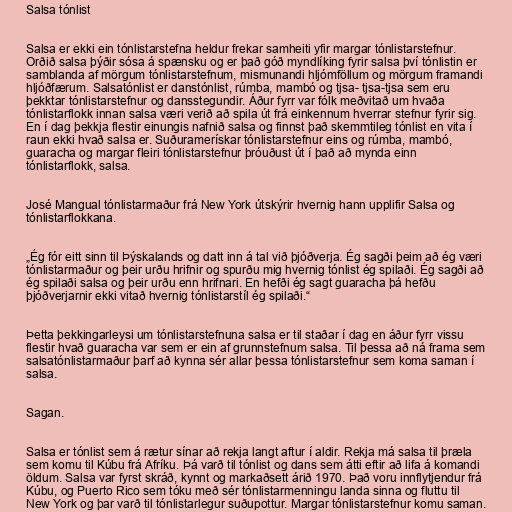
Salsa tónlist

Salsa er ekki ein tónlistarstefna heldur frekar samheiti yfir margar tónlistarstefnur.
Orðið salsa þýðir sósa á spænsku og er það góð myndlíking fyrir salsa því tónlistin er
samblanda af mörgum tónlistarstefnum, mismunandi hljómföllum og mörgum framandi
hljóðfærum. Salsatónlist er danstónlist, rúmba, mambó og tjsa- tjsa-tjsa sem eru
þekktar tónlistarstefnur og dansstegundir. Áður fyrr var fólk meðvitað um hvaða
tónlistarflokk innan salsa væri verið að spila út frá einkennum hverrar stefnur fyrir sig.
En í dag þekkja flestir einungis nafnið salsa og finnst það skemmtileg tónlist en vita í
raun ekki hvað salsa er. Suðuramerískar tónlistarstefnur eins og rúmba, mambó,
guaracha og margar fleiri tónlistarstefnur þróuðust út í það að mynda einn
tónlistarflokk, salsa.

José Mangual tónlistarmaður frá New York útskýrir hvernig hann upplifir Salsa og
tónlistarflokkana.

„Ég fór eitt sinn til Þýskalands og datt inn á tal við þjóðverja. Ég sagði þeim að ég væri
tónlistarmaður og þeir urðu hrifnir og spurðu mig hvernig tónlist ég spilaði. Ég sagði að
ég spilaði salsa og þeir urðu enn hrifnari. En hefði ég sagt guaracha þá hefðu
þjóðverjarnir ekki vitað hvernig tónlistarstíl ég spilaði.“

Þetta þekkingarleysi um tónlistarstefnuna salsa er til staðar í dag en áður fyrr vissu
flestir hvað guaracha var sem er ein af grunnstefnum salsa. Til þessa að ná frama sem
salsatónlistarmaður þarf að kynna sér allar þessa tónlistarstefnur sem koma saman í
salsa.

Sagan.

Salsa er tónlist sem á rætur sínar að rekja langt aftur í aldir. Rekja má salsa til þræla
sem komu til Kúbu frá Afríku. Þá varð til tónlist og dans sem átti eftir að lifa á komandi
öldum. Salsa var fyrst skráð, kynnt og markaðsett árið 1970. Það voru innflytjendur frá
Kúbu, og Puerto Rico sem tóku með sér tónlistarmenningu landa sinna og fluttu til
New York og þar varð til tónlistarlegur suðupottur. Margar tónlistarstefnur komu saman.